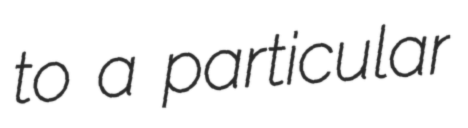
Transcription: to a particular